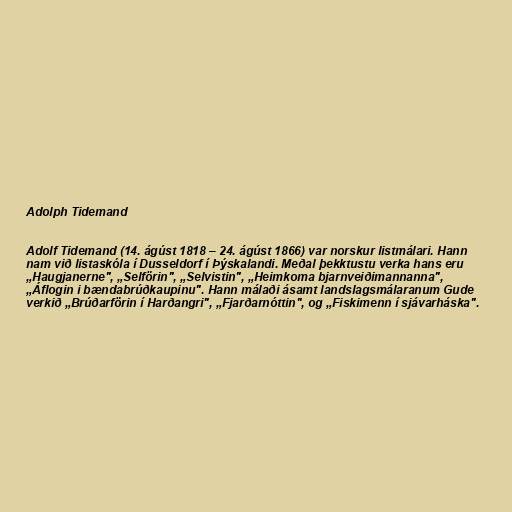
Adolph Tidemand

Adolf Tidemand (14. ágúst 1818 – 24. ágúst 1866) var norskur listmálari. Hann
nam við listaskóla í Dusseldorf í Þýskalandi. Meðal þekktustu verka hans eru
„Haugjanerne", „Selförin", „Selvistin", „Heimkoma bjarnveiðimannanna",
„Áflogin i bændabrúðkaupinu". Hann málaði ásamt landslagsmálaranum Gude
verkið „Brúðarförin í Harðangri", „Fjarðarnóttin", og „Fiskimenn í sjávarháska".